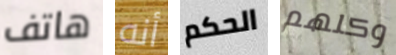
هاتف أنه الحكم وكلهم